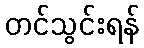
တင်သွင်းရန်